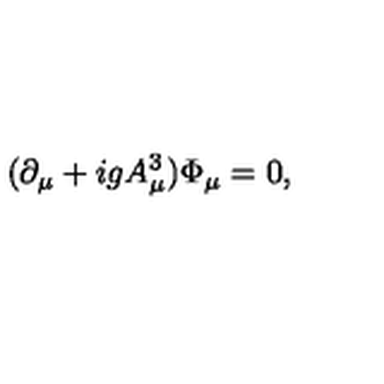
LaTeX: ( \partial _ { \mu } + i g A _ { \mu } ^ { 3 } ) \Phi _ { \mu } = 0 ,